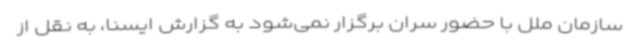
سازمان ملل با حضور سران برگزار نمی‌شود به گزارش ایسنا، به نقل از